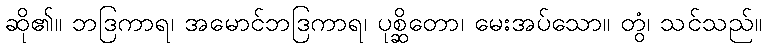
ဆို၏။ ဘဒြကာရ၊ အမောင်ဘဒြကာရ၊ ပုစ္ဆိတော၊ မေးအပ်သော။ တွံ၊ သင်သည်။